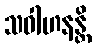
သဝါဟနန္တိ